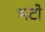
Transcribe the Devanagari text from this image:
भटी